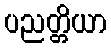
ပညတ္တိယာ